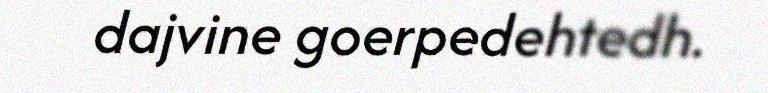
dajvine goerpedehtedh.